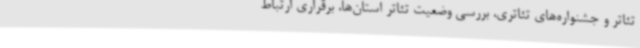
تئاتر و جشنواره‌های تئاتری، بررسی وضعیت تئاتر استان‌ها، برقراری ارتباط